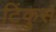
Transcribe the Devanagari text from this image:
टिंकुस